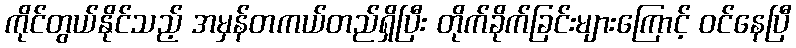
ကိုင်တွယ်နိုင်သည့် အမှန်တကယ်တည်ရှိပြီး တိုက်ခိုက်ခြင်းများကြောင့် ဝင်နေပြီ